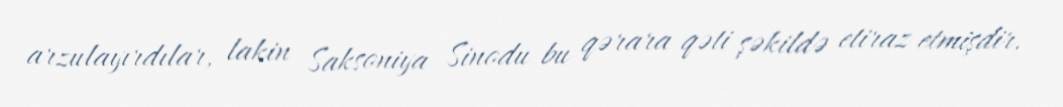
arzulayırdılar, lakin Saksoniya Sinodu bu qərara qəti şəkildə etiraz etmişdir.